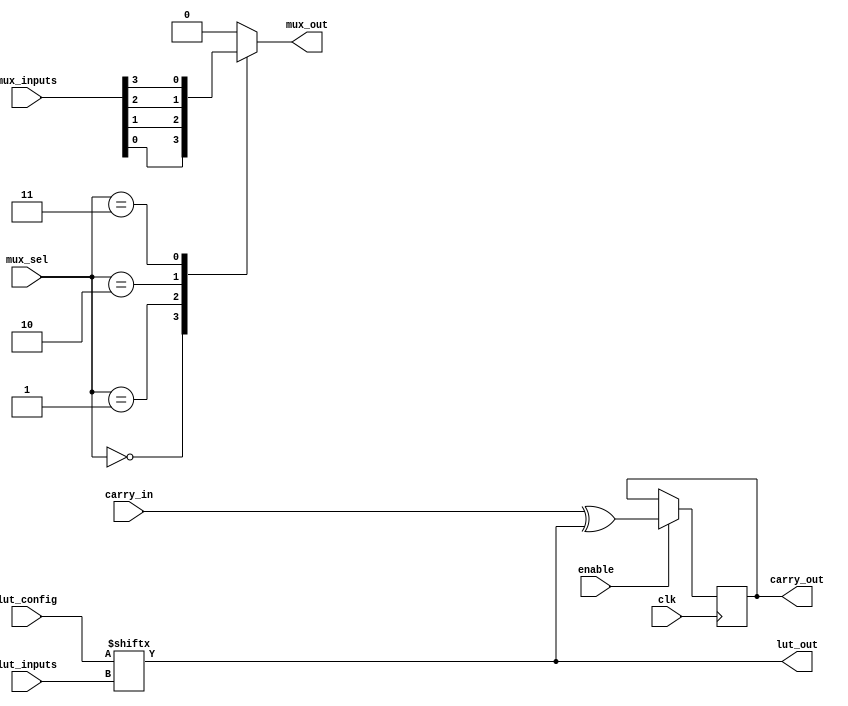
module CLB (
    input wire [3:0] lut_inputs,          // Inputs for LUT
    input wire [15:0] lut_config,         // LUT configuration
    input wire [3:0] mux_sel,             // MUX selection inputs
    input wire [3:0] mux_inputs,          // MUX inputs
    input wire carry_in,                   // Carry input for arithmetic
    input wire clk,                        // Clock for registers
    input wire enable,                     // Enable signal for output
    output reg lut_out,                   // Output from LUT
    output reg mux_out,                   // Output from MUX
    output reg carry_out                   // Carry output
);

// LUT Implementation
always @(*) begin
    lut_out = lut_config[lut_inputs]; // LUT output based on the config and inputs
end

// MUX Implementation
always @(*) begin
    case (mux_sel)
        4'b0000: mux_out = mux_inputs[0];
        4'b0001: mux_out = mux_inputs[1];
        4'b0010: mux_out = mux_inputs[2];
        4'b0011: mux_out = mux_inputs[3];
        default: mux_out = 1'b0; // Default case
    endcase
end

// Carry Logic (simple example)
always @(posedge clk) begin
    if (enable) begin
        carry_out <= carry_in ^ lut_out; // Example carry logic (XOR)
    end
end

endmodule